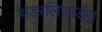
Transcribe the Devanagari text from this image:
थंडरलिज़ार्डस